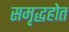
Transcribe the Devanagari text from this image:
समृद्धहोत